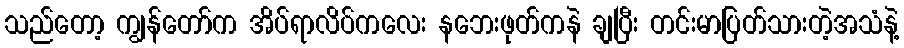
သည်တော့ ကျွန်တော်က အိပ်ရာလိပ်ကလေး နဘေးဖုတ်ကနဲ ချပြီး တင်းမာပြတ်သားတဲ့အသံနဲ့